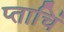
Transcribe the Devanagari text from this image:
प्ताचिं